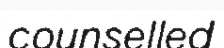
counselled